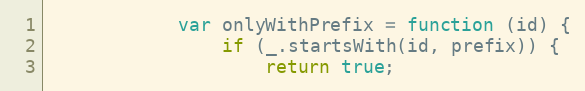
Language: JavaScript
            var onlyWithPrefix = function (id) {
                if (_.startsWith(id, prefix)) {
                    return true;